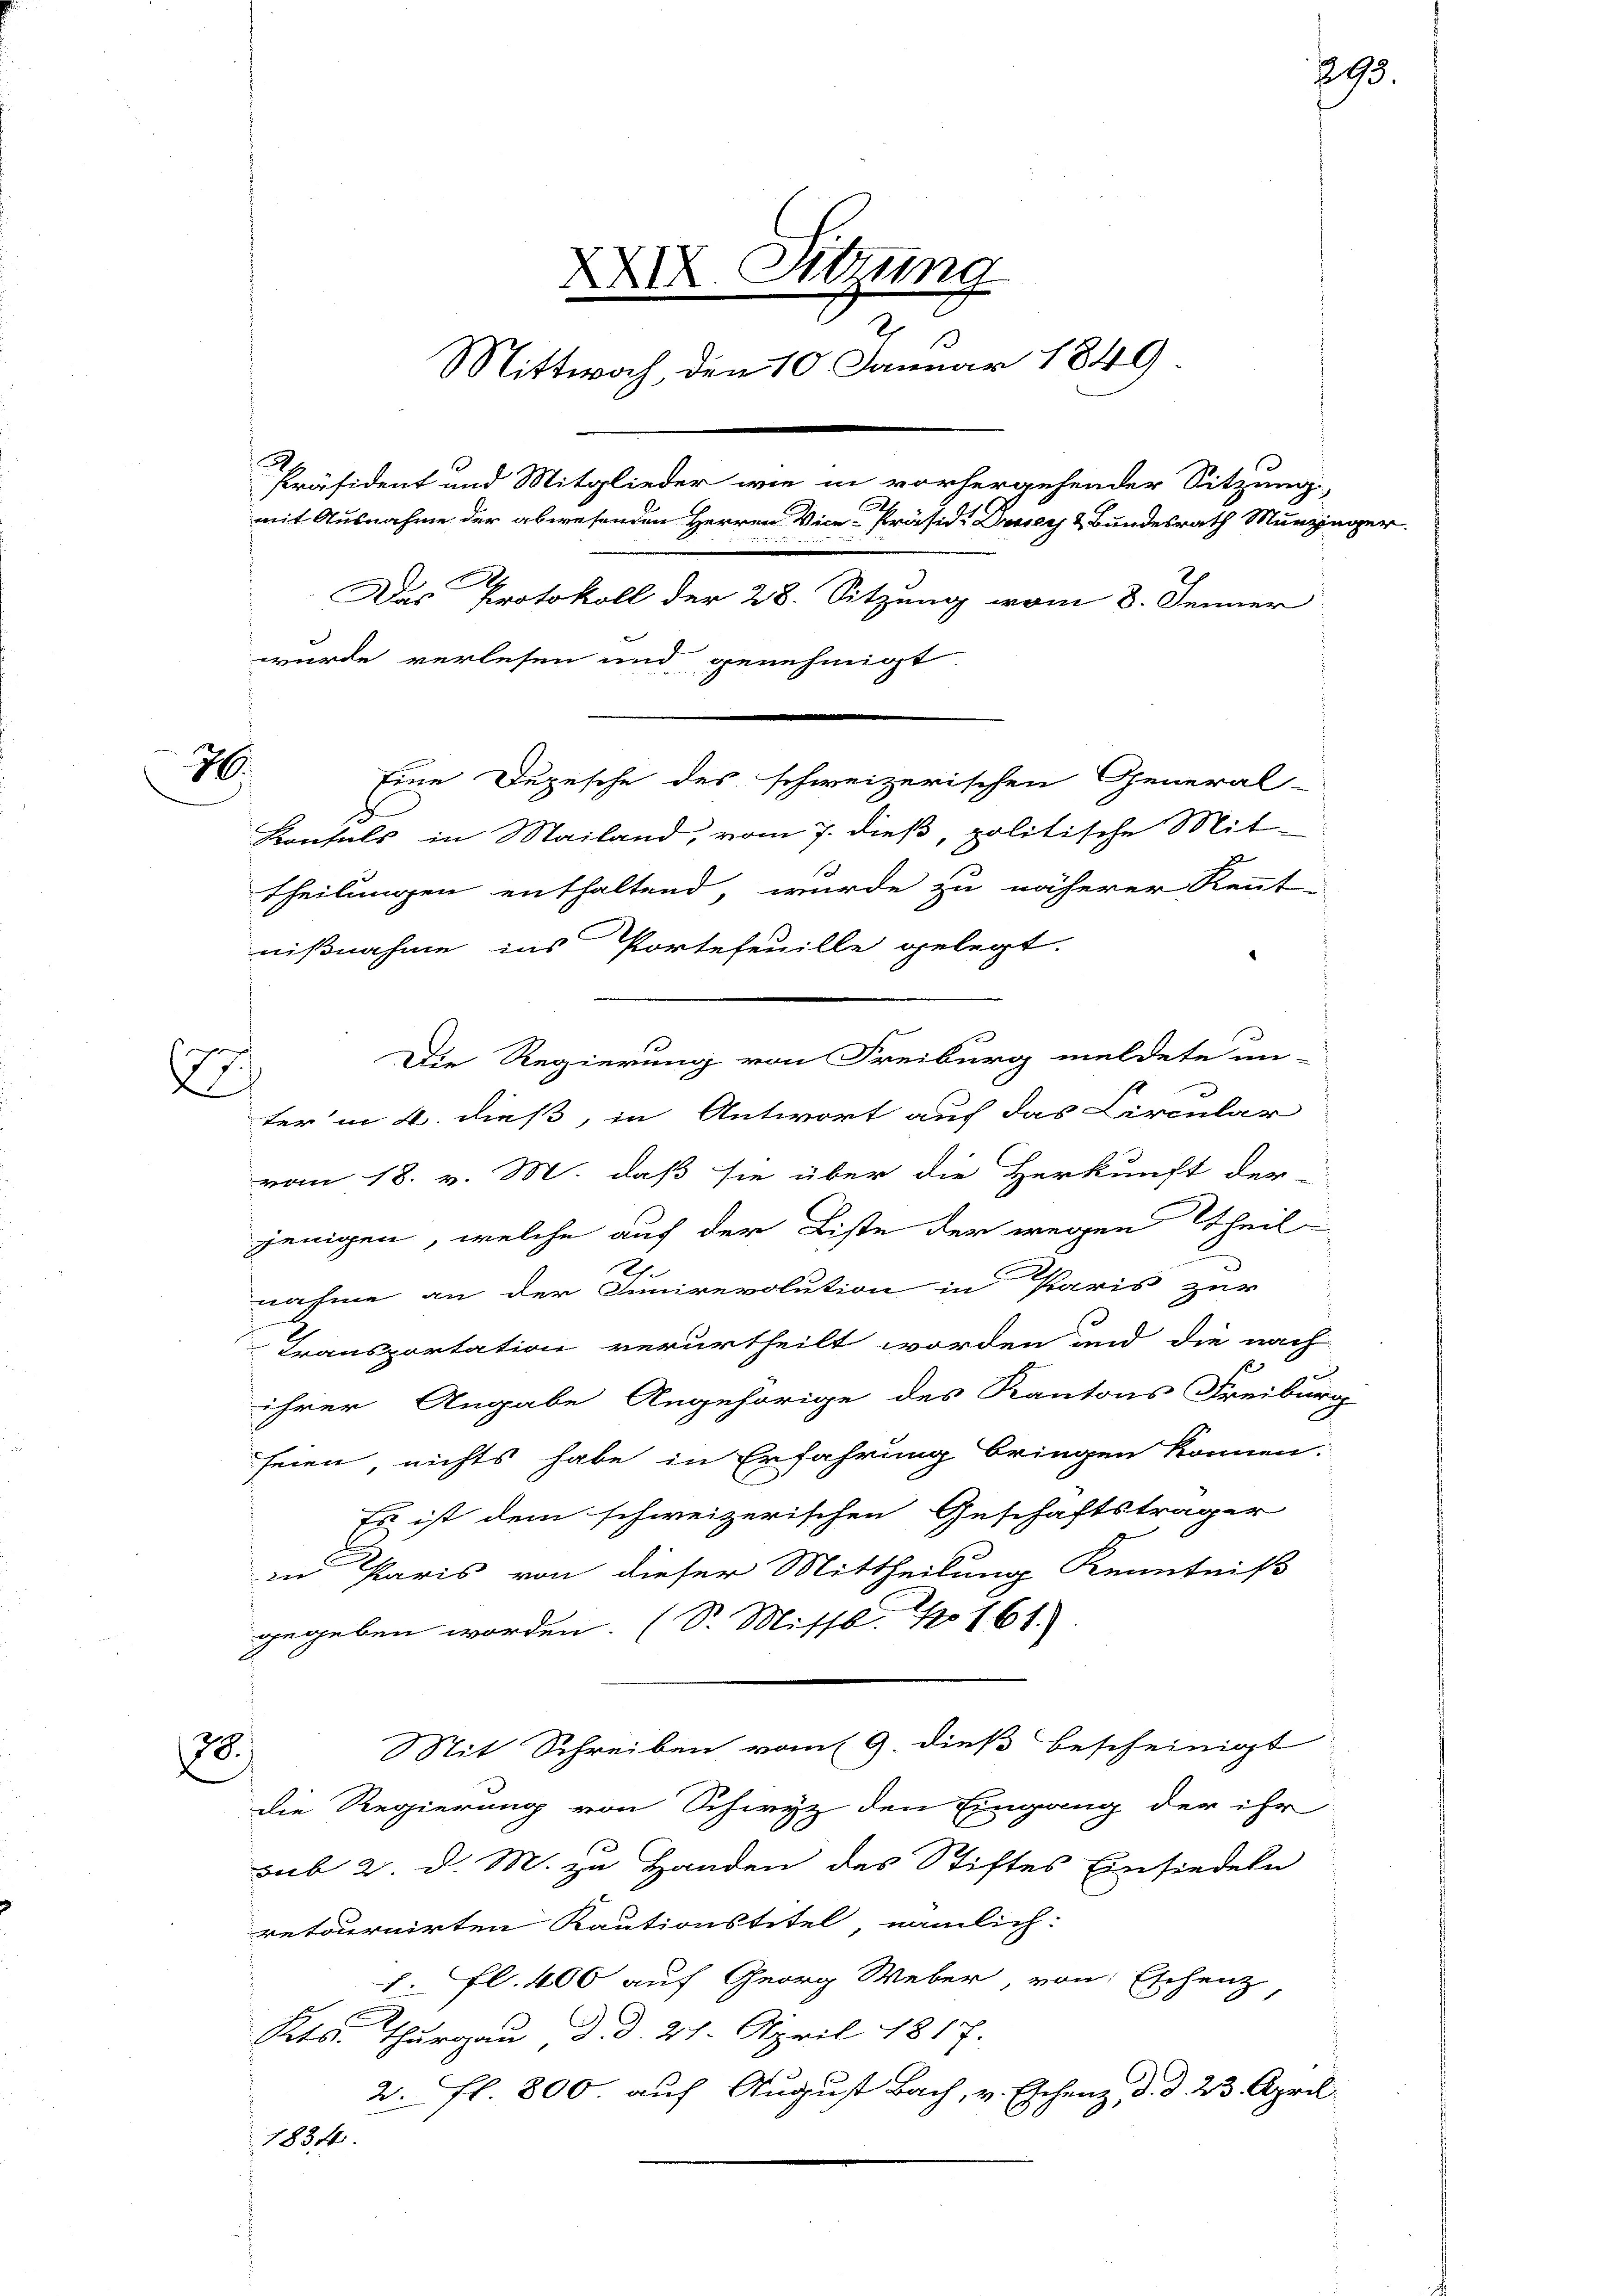
H.

2

e

1

XXIX. Sitzung
2
Mittwoch, den 10. Januar 1849
Präsident und Mitglieder wie in vorhergehender Sitzung
mit Ausnahme der abwesenden Herren Vice-Präsidi Drey & Bundesrath Munzinger

Das Protokoll der 28. Sitzung vom 8. Jenner
wurde verlesen und genehmigt
Eine Depesche des schweizerischen General-
d
Konfels in Mailand, vom 7. dieß, politische Mit-
theilungen enthaltend, wurde zu näherer Kennt-
nißnahme ins Portefeuille gelegt.

Die Regierung von Freiburg meldete un-
ter in 4. dieß, in Antwort auch das Circular
vom 18. v. M. daß sie über die Herkunft der
jenigen, welche auf der Liste der wegen Theil
nahme an der Junirevolution in Paris zur
x
Transportation verurtheilt worden und die nach
ihrer Angabe Angehörige des Kantons Freiburg
seien, nichts habe in Erfahrung bringen können.
Es ist dem schweizerischen Geschäftsträger
in Paris von dieser Mittheilung Kenntniß
gegeben worden. (S. Misso. No 161.
Mit Schreiben vom 9. dieß bescheinigt
38.
die Regierung von Schwyz den Eingang der ihr
sub 2. d. M. zu Handen des Stiftes Einsiedeln
retournirten Kautionstitel nämlich:
1. fl. 400 auf Georg Weber, von Eschenz
Kts. Thurgau d. d. 21. April 1817.
2. fl. 800. auf August Bach, v. Eschenz, d. d. 23. April
1834.

293.

E